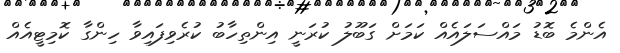
އެންމެ ބޮޑު މައްސަލައެއް ކަމަށް ގަބޫލު ކުރަނީ އިންތިހާބު ކުރެވިފައިވާ ހިންގާ ކޮމިޓީއެއް